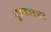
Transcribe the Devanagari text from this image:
मूकबधिरांसाठी